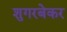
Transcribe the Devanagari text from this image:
शुगरबेकर